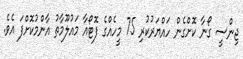
ޖިންސީ ގޯނާ ކޮށްގެން ހައްޔަރުކުރި 75 މީހެއްގެ ފޮޓޯއާ މައުލޫމާތު އާންމުކޮށްފަ އެވެ.